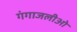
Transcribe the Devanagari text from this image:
गंगाजलीओ